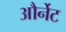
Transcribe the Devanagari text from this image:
और्नेट